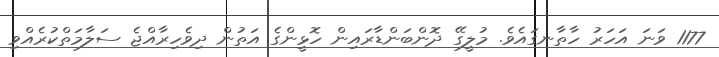
1177 ވަނަ އަހަރު ހާތާނގައެވެ. މުލީގޭ ދޮންބަންޑާރައިން ހޮޅީންގެ އަތުން ދިވެހިރާއްޖެ ސަލާމަތްކުރެއްވި